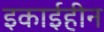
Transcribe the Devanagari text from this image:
इकाईहीन